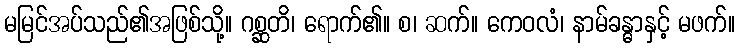
မမြင်အပ်သည်၏အဖြစ်သို့။ ဂစ္ဆတိ၊ ရောက်၏။ စ၊ ဆက်။ ကေဝလံ၊ နာမ်ခန္ဓာနှင့် မဖက်။